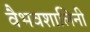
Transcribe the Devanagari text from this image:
वैभवशालिनी